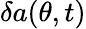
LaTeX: \delta a(\theta,t)